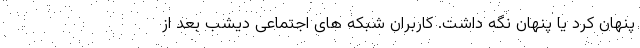
پنهان کرد یا پنهان نگه داشت. کاربران شبکه های اجتماعی دیشب بعد از